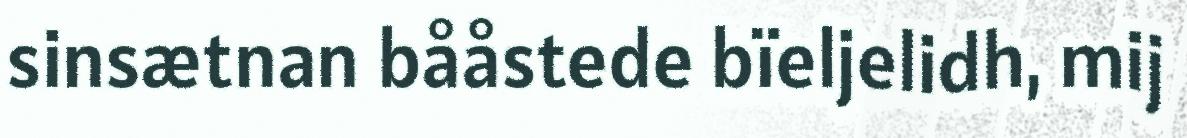
sinsætnan bååstede bïeljelidh, mij